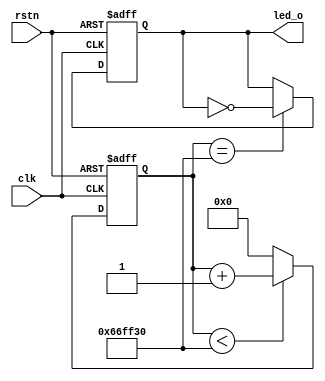
module led_water (
    input clk,
    input rstn,
    output reg led_o
);

reg [23:0] counter;

always @(posedge clk or negedge rstn) begin
    if (!rstn)
        counter <= 24'd0;
    else if (counter < 24'd675_0000)
        counter <= counter + 1;
    else
        counter <= 24'd0;
end

always @(posedge clk or negedge rstn) begin
    if (!rstn)
        led_o <= 1'b1;
    else if (counter == 24'd675_0000)
        led_o <= ~led_o;
end

endmodule